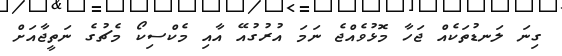
ގިނަ ލަނޑުތަކެއް ޖަހާ މޮޅުވެއްޖެ ނަމަ އުރުގުއޭ އާއި މެކްސިކޯ މެޗުގެ ނަތީޖާއަށް